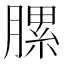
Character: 䐯